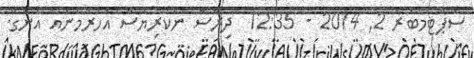
ސެޕްޓެމްބަރު 2